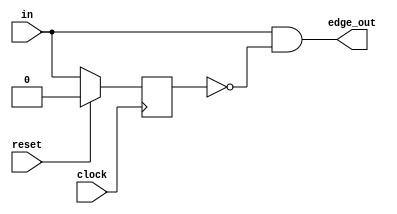
`timescale 1ns / 1ps
module edge_detect(clock, reset, in, edge_out);
	input clock, reset, in;
	output edge_out;
	reg prev_in;
	
	always @(posedge clock)
		if (reset)
			prev_in <= 0;
		else
			prev_in <= in;
		
	assign edge_out = in & !prev_in;
endmodule